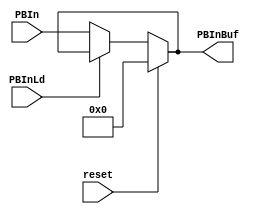
module PBIn(
	  output[7:0] PBInBuf,  //B
	  input reset,
    input[7:0] PBIn,  //B
    input PBInLd   //B
    );
    
    reg[7:0] PBInBufQ;  //BQ
    reg[7:0] PBInBufD;  //BD
    assign PBInBuf = PBInBufQ;  //BQB
    
    always @(PBInLd or PBIn) begin
      if(PBInLd==1'b0)
        PBInBufD = PBIn;  //
      else  
        PBInBufD = PBInBufQ;  //
    end
    
    always @(reset or PBInLd or PBIn) begin  //
      if(reset)
        PBInBufQ = 8'h00;  //0
      else
        PBInBufQ = PBInBufD;
    end
    
endmodule